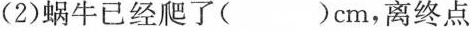
(2) 蜗牛已经爬了( )cm，离终点